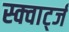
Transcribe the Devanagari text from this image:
स्क्वार्ट्ज